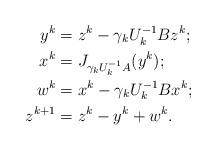
LaTeX: \begin{align*}y^k &= z^k - \gamma_k U_k^{-1} Bz^k;\\x^k &= J_{\gamma_k U_k^{-1} A}(y^k); \\w^k &= x^k - \gamma_k U_k^{-1} Bx^k; \\z^{k+1} &= z^k - y^{k} + w^k. \end{align*}